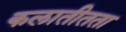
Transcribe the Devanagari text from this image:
कलातीतता